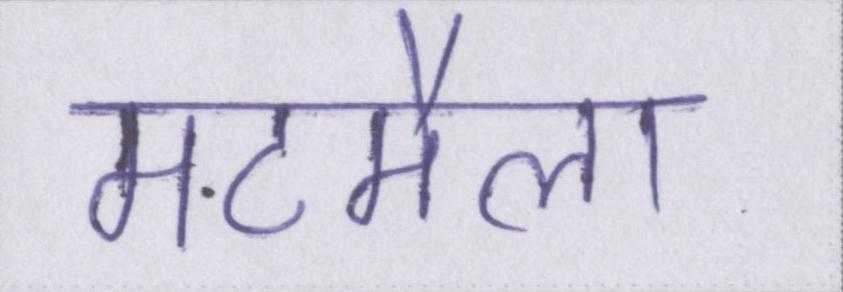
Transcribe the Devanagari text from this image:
मटमैला